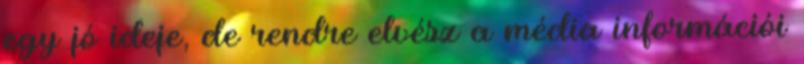
egy jó ideje, de rendre elvész a média információi